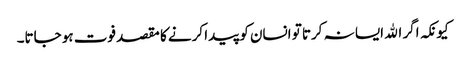
کیونکہ اگر الله ایسا نہ کرتا تو انسان کو پیدا کرنے کا مقصد فوت ہو جاتا۔